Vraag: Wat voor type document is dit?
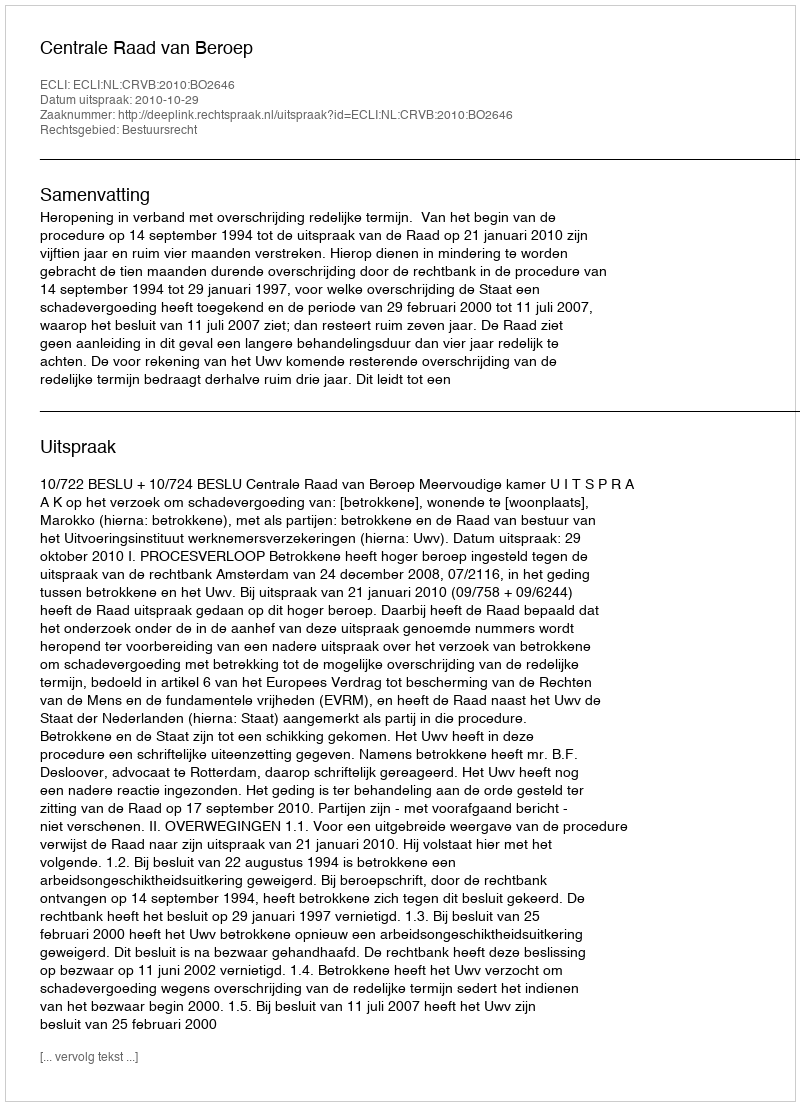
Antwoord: Uitspraak